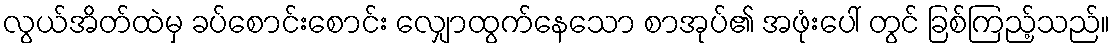
လွယ်အိတ်ထဲမှ ခပ်စောင်းစောင်း လျှောထွက်နေသော စာအုပ်၏ အဖုံးပေါ် တွင် ခြစ်ကြည့်သည်။